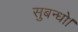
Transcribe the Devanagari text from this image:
सुबन्‍धो।